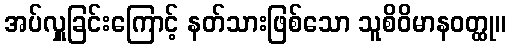
အပ်လှူခြင်းကြောင့် နတ်သားဖြစ်သော သူစိဝိမာနဝတ္ထု။